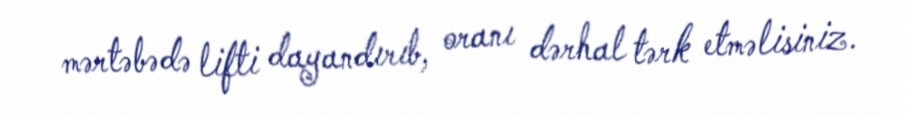
mərtəbədə lifti dayandırıb, oranı dərhal tərk etməlisiniz.